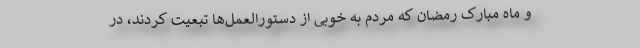
و ماه مبارک رمضان که مردم به خوبی از دستورالعمل‌ها تبعیت کردند، در